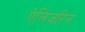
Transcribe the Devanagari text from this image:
ऐलिज़रिन